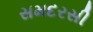
સમદરસી